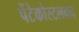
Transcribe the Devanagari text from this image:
पेंटेकोस्टलवाद